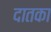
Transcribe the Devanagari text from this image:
दातका